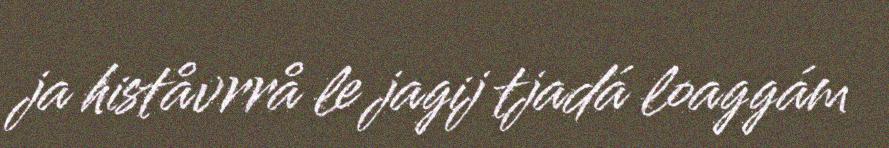
ja histåvrrå le jagij tjadá loaggám